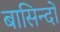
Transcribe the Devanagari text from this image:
बासिन्दों